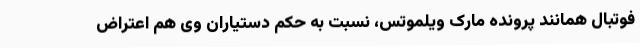
فوتبال همانند پرونده مارک ویلموتس، نسبت به حکم دستیاران وی هم اعتراض